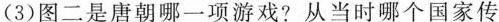
(3)图二是唐朝哪一项游戏?从当时哪个国家传